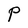
Character: P